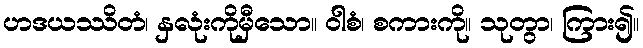
ဟဒယဿိတံ၊ နှလုံးကိုမှီသော။ ဝါစံ၊ စကားကို။ သုတွာ၊ ကြား၍။